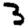
Digit: 3